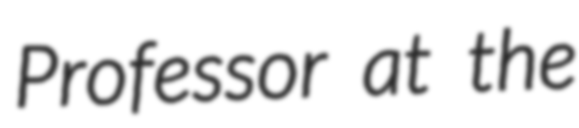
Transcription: Professor at the